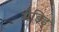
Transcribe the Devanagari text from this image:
मैडिड